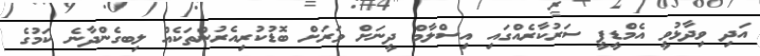
އަދި ވިދާޅުވީ އެމްޑީޕީ ސަރުކާރެއްގައި އިސްލާމް ދީނަށް ވަރަށް ބޮޑުކުރިއެރުންތަކެއް ލިބގެންދާނެ ކަމުގެ